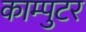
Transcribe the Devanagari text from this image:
काम्पुटर